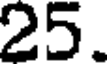
25.